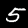
Label: 5